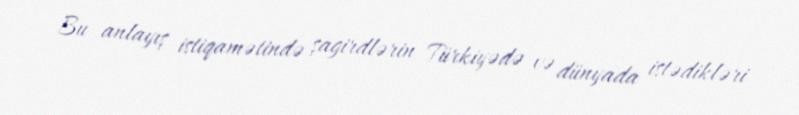
Bu anlayış istiqamətində şagirdlərin Türkiyədə və dünyada istədikləri